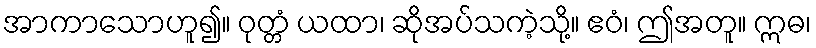
အာကာသောဟူ၍။ ဝုတ္တံ ယထာ၊ ဆိုအပ်သကဲ့သို့။ ဧဝံ၊ ဤအတူ။ ဣဓ၊